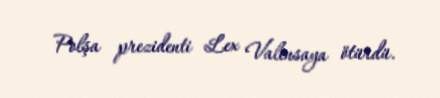
Polşa prezidenti Lex Valensaya ötürdü.